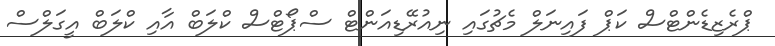
ޕްރެޒިޑެންޓްސް ކަޕް ފައިނަލް މެޗުގައި ނިއުރޭޑިއަންޓް ސްޕޯޓްސް ކްލަބް އާއި ކްލަބް އީގަލްސް